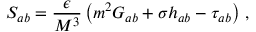
S _ { a b } = { \frac { \epsilon } { M ^ { 3 } } } \left( m ^ { 2 } G _ { a b } + \sigma h _ { a b } - \tau _ { a b } \right) \, ,